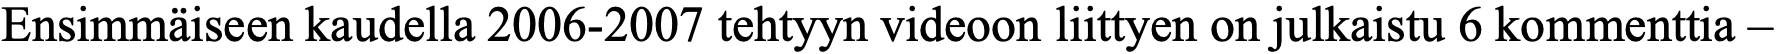
Ensimmäiseen kaudella 2006-2007 tehtyyn videoon liittyen on julkaistu 6 kommenttia –